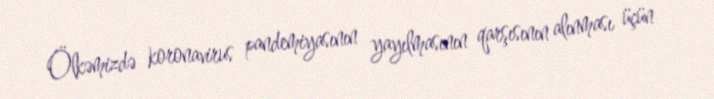
Ölkəmizdə koronavirus pandemiyasının yayılmasının qarşısının alınması üçün